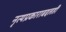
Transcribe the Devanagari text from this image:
नृत्यप्रकाराबद्दलही